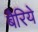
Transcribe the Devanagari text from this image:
बैरिये